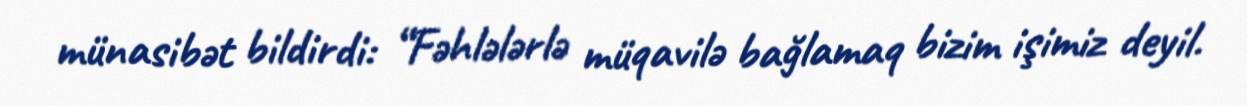
münasibət bildirdi: “Fəhlələrlə müqavilə bağlamaq bizim işimiz deyil.